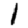
Digit: 1